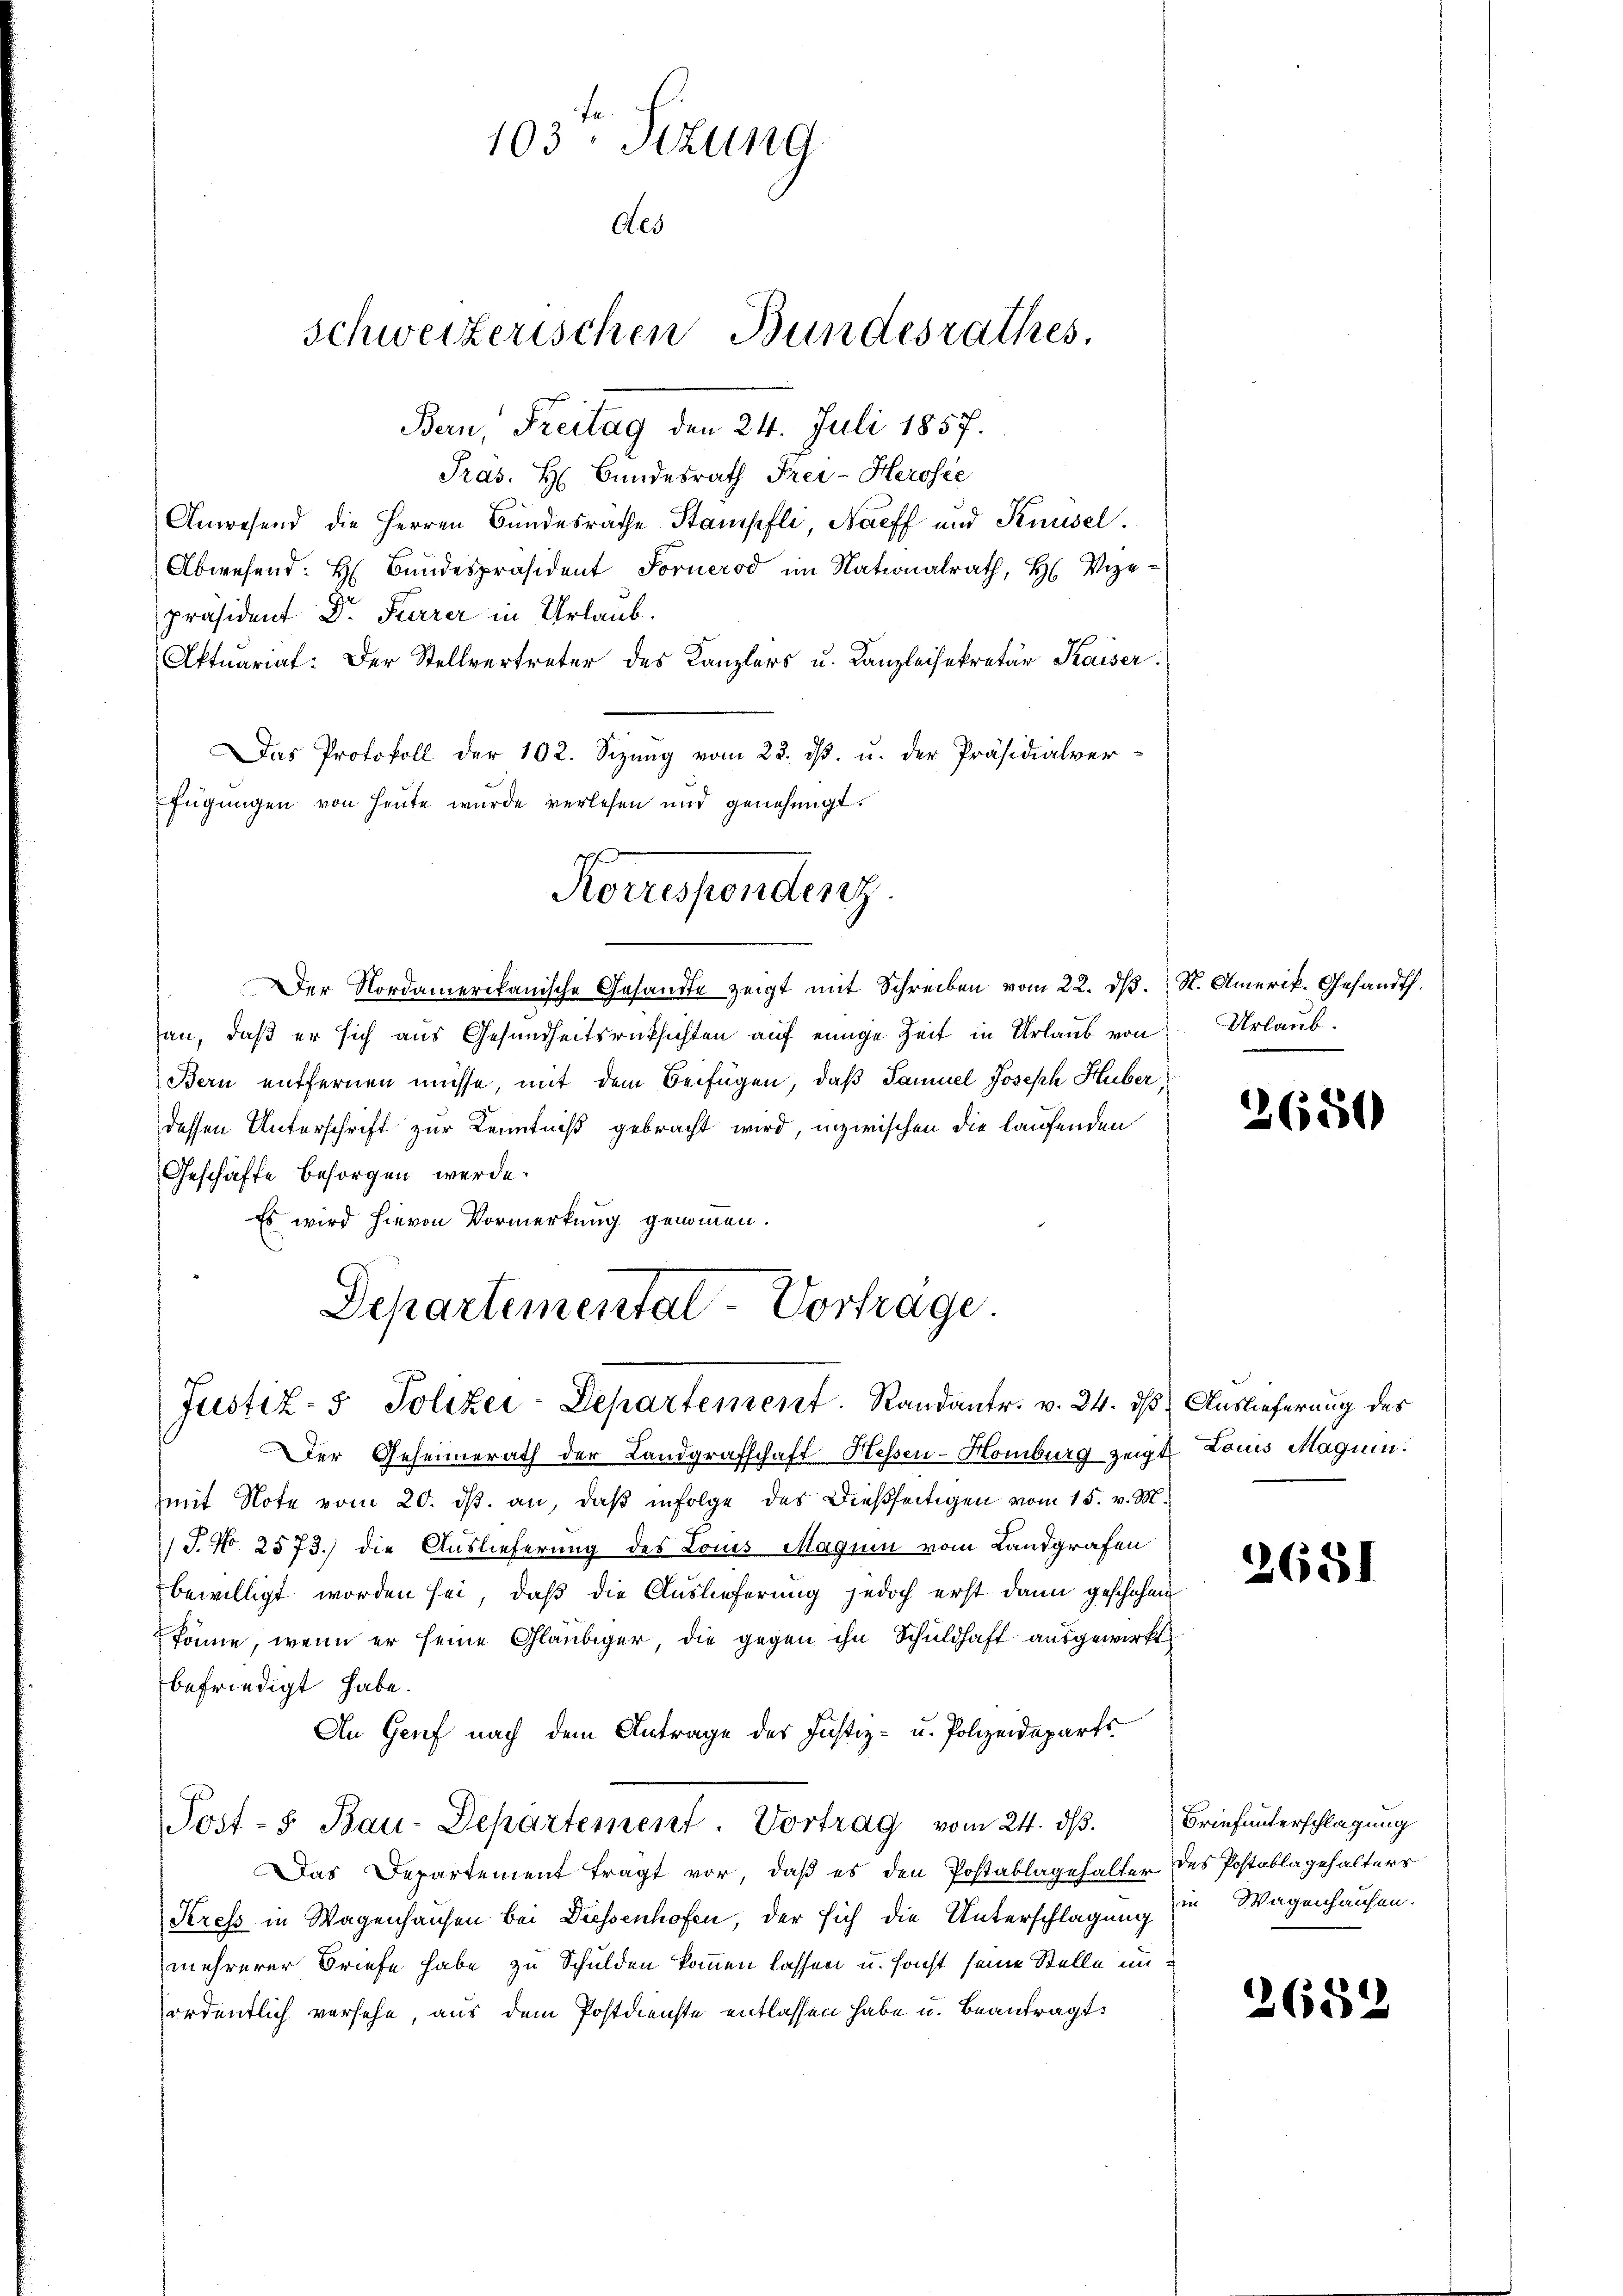
Bern, Freitag den 24. Juli 1857.
Pras. H. Bundesrath Frei-Herosee
Anwesend die Herren Bundesräthe Stampfli, Narff und Knüsel.
Abwesend: H. Bundespräsident Fornerod im Nationalrath, H. Vize-
präsident Dr. Furrer in Urlaub.
Aktuariat: Der Stellvertreter des Kanzlers u. Kanzleisekretär Kaiser.
Das Protokoll der 102. Sizung vom 23. ds. u. der Präsidialverfügungen von Heute wurde verlesen und genehmigt.
Korrespendenz.

han, daß er sich aus Gesundheitsrücksichten auf einige Zeit in Urlaub von
Bern entfernen müsse, mit dem Beifügen, daß Samuel Joseph Huber
dessen Unterschrift zur Kenntniß gebracht wird, inzwischen die laufenden
Geschäfte besorgen werde.
Es wird hievon Vormerkung genommen.
Departemental-Vorträge.

103. Sizung
Oes

schweizerischen Bundesrathes,

Der Nordamerikanische Gesandte zeigt mit Schreiben vom 22. dβ. N. Amerik. Gesandt.

Justiz- & Polizei-Departement. Randantr. v. 24. ds Auslieferung des

Der Geheimerath der Landgrafschaft Hessen-Homburg zeigt Louis Magnin.
mit Note vom 20. ds. an, daß infolge des Dießseitigen vom 15. v. M.
/J. No. 2573.) die Auslieferung des Louis Magum vom Landgrafen
bewilligt worden sei, daß die Auslieferung jedoch erst dann geschehen
könne, wenn er seine Gläubiger, die gegen ihn Schuldhaft ausgewirkt
befriedigt habe.
An Genf nach dem Antrage der Justiz- u. Polizeideparts¬
Post- u Bau-Departement. Vortrag vom 24. dβ. Briefunterschlagung
Das Departement tragt vor, daß es den Postablagehalter des Postablagehalters
Stress in Wagenhausen bei Diessenhofen, der sich die Unterschlagung in Wagenhausen.
mehrerer Briefe habe zu Schulden kommen lassen u. facht seine Stelle unordentlich versehe, aus dem Postdienste entlassen habe u. beantragt:

Urlaub.

2680

2651

2682